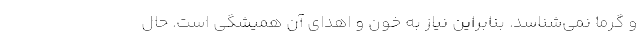
و گرما نمی‌شناسد. بنابراین نیاز به خون و اهدای آن همیشگی است. حال